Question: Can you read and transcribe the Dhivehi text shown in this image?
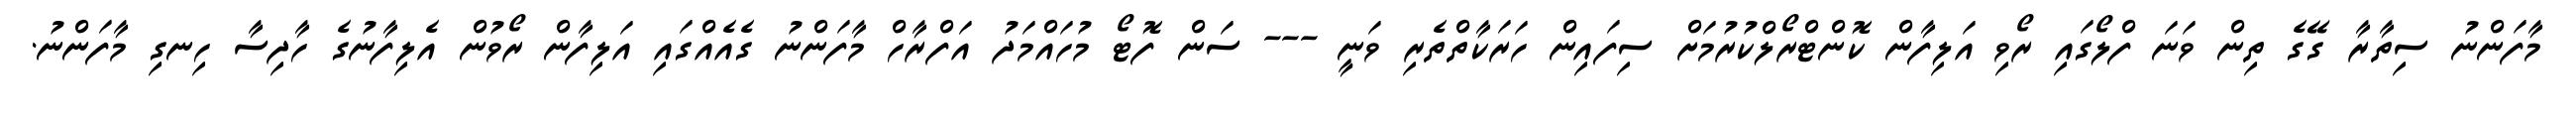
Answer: މާފަންނު ސިތާރާ ގޭގެ ތިން ވަނަ ފްލޯގައި ރޯވި އަލިފާން ކޮންޓްރޯލްކުރުމަށް ސިފައިން ހަރަކާތްތެރި ވަނީ --- ސަން ފޮޓޯ މުހައްމަދު އަފްރާހް މާފަންނު ގެއެއްގައި އަލިފާން ރޯވުން އެލިފާނުގެ ހާދިސާ ހިނގި މާފަންނު.